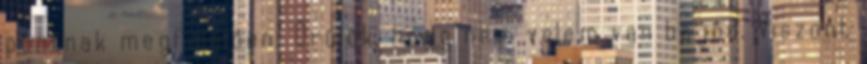
pontnak megfelelően: Örülök, hogy nem velem van bajod. Viszont